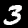
Label: 3